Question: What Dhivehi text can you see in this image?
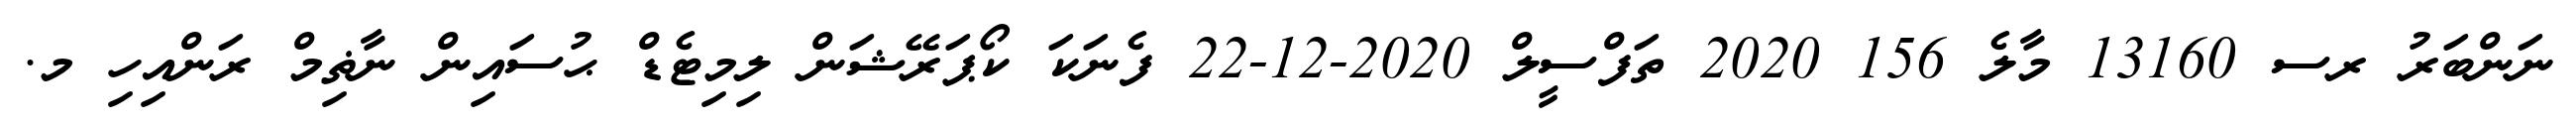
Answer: ނަންބަރު ރސ 13160 މާލެ 156 2020 ތަފްސީލް 2020-12-22 ފެނަކަ ކޯޕަރޭޝަން ލިމިޓެޑް ޙުސައިން ނާޡިމް ރަންއިހި މ.